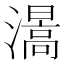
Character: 𤀰